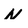
Character: N